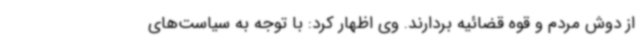
از دوش مردم و قوه قضائیه بردارند. وی اظهار کرد: با توجه به سیاست‌های